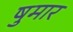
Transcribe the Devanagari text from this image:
षुमार